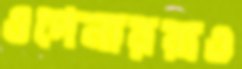
ওপেনাররাও